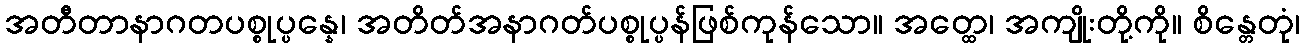
အတီတာနာဂတပစ္စုပ္ပန္နေ၊ အတိတ်အနာဂတ်ပစ္စုပ္ပန်ဖြစ်ကုန်သော။ အတ္ထေ၊ အကျိုးတို့ကို။ စိန္တေတုံ၊